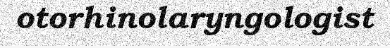
otorhinolaryngologist